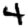
Digit: 4